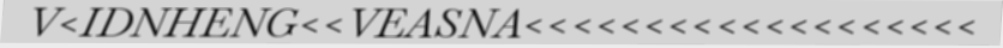
V<IDNHENG<<VEASNA<<<<<<<<<<<<<<<<<<<